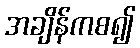
အချိန်ကစ၍